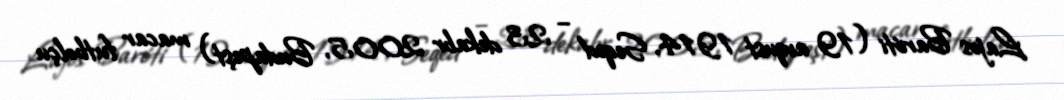
Lajos Baróti (19 avqust 1914, Seqed – 23 dekabr 2005, Budapeşt) macar futbolçu